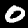
Digit: 0